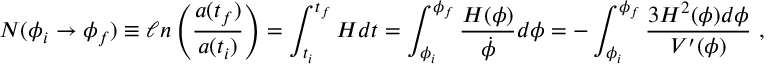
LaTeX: N ( \phi _ { i } \rightarrow \phi _ { f } ) \equiv \ell n \left( \frac { a ( t _ { f } ) } { a ( t _ { i } ) } \right) = \int _ { t _ { i } } ^ { t _ { f } } H d t = \int _ { \phi _ { i } } ^ { \phi _ { f } } \frac { H ( \phi ) } { \dot { \phi } } d \phi = - \int _ { \phi _ { i } } ^ { \phi _ { f } } \frac { 3 H ^ { 2 } ( \phi ) d \phi } { V ^ { \prime } ( \phi ) } ~ ,